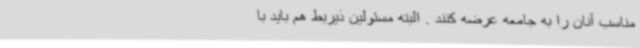
مناسب آنان را به جامعه عرضه کنند . البته مسئولین ذیربط هم باید با